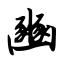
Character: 豳